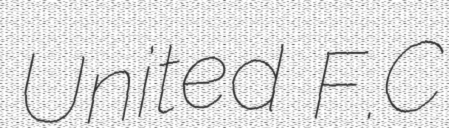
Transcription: United F.C